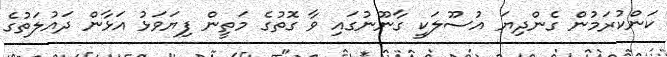
ކަންކުރަމުން ގެންދިޔަ އުސޫލަކީ ގާނޫނުގައި ވާ ގޮތުގެ މަތީން ފިޔަވަޅު އަޅާން ދައުލަތުގެ